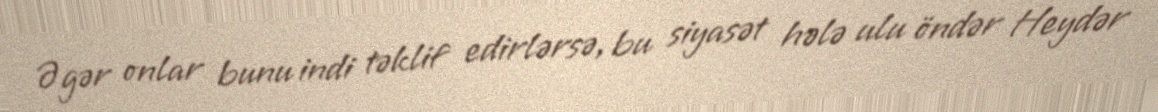
Əgər onlar bunu indi təklif edirlərsə, bu siyasət hələ ulu öndər Heydər